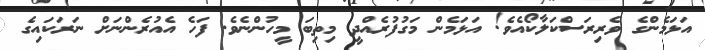
އަޅަމެންގެ ވެރިރަސްކަލާކޯއެވެ! އަޅަމެން މަގުފުރެއްދީ މިތިބަ މީހުންނެވެ. ފަހެ އެއުރެންނަށް ނަރަކައިގެ